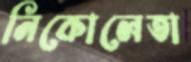
নিকোলেতা